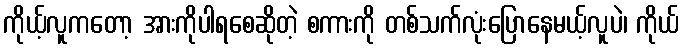
ကိုယ့်လူကတော့ အားကိုပါရစေဆိုတဲ့ စကားကို တစ်သက်လုံးပြောနေမယ့်လူပဲ၊ ကိုယ်